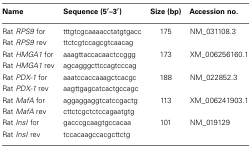
| Name | Sequence (5′–3′) | Size (bp) | Accession no. |
 | --- | --- | --- | --- |
 | Rat RPS9 for | tttgtcgcaaaacctatgtgacc | 175 | NM_031108.3 |
 | Rat RPS9 rev | ttctcgtccagcgtcaacag |  |  |
 | Rat HMGA1 for | aaagttaccacaactccggg | 173 | XM_006256160.1 |
 | Rat HMGA1 rev | agcagggcttccagtcccag |  |  |
 | Rat PDX-1 for | aaatccaccaaagctcacgc | 188 | NM_022852.3 |
 | Rat PDX-1 rev | aagttgagcatcactgccagc |  |  |
 | Rat MafA for | aggaggaggtcatccgactg | 113 | XM_006241903.1 |
 | Rat MafA rev | cttctcgctctccagaatgtg |  |  |
 | Rat InsI for | gacccgcaagtgccacaa | 101 | NM_019129 |
 | Rat InsI rev | tccacaagccacgcttctg |  |  |